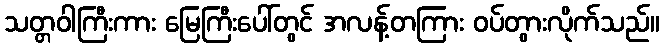
သတ္တဝါကြီးကား မြေကြီးပေါ်တွင် အလန့်တကြား ဝပ်တွားလိုက်သည်။